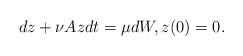
LaTeX: \begin{align*} dz+\nu Az dt= \mu dW,z(0)=0.\end{align*}